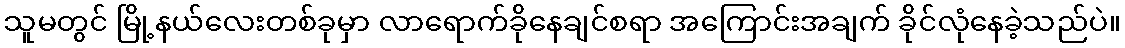
သူမတွင် မြို့နယ်လေးတစ်ခုမှာ လာရောက်ခိုနေချင်စရာ အကြောင်းအချက် ခိုင်လုံနေခဲ့သည်ပဲ။